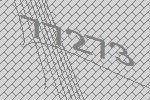
77273